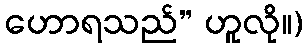
ဟောရသည်” ဟူလို။)